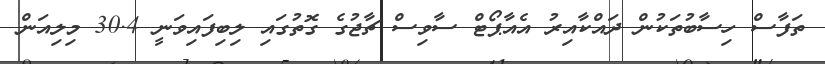
ތަފާސް ހިސާބުތަކުން ދައްކާއިރު އެއާޕޯޓް ސާވިސް ޗާޖުގެ ގޮތުގައި ލިބިފައިވަނީ 30.4 މިލިއަން